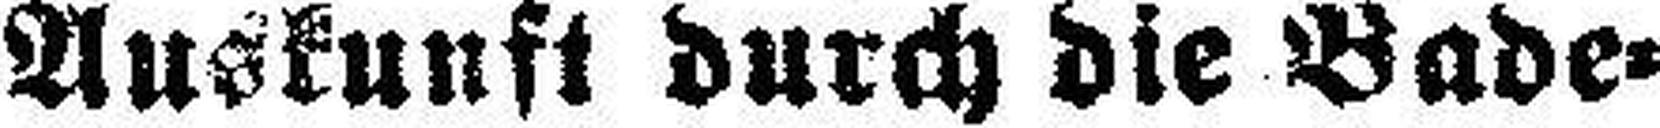
Auskunft durch die Bade¬